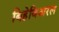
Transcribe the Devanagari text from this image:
बिहेविअरल